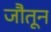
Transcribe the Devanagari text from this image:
जौतून